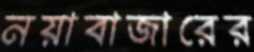
নয়াবাজারের